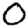
Digit: 0